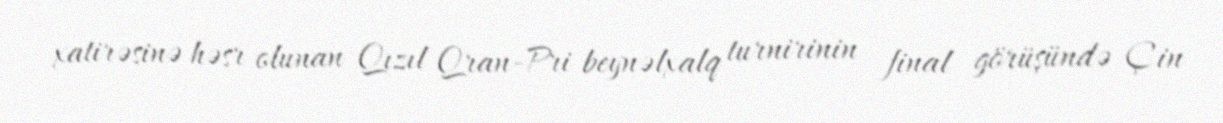
xatirəsinə həsr olunan Qızıl Qran-Pri beynəlxalq turnirinin final görüşündə Çin